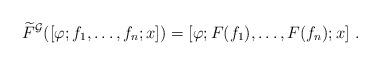
LaTeX: \begin{align*}\widetilde F^{\mathcal G}([\varphi;f_1,\dots,f_n;x])= [\varphi;F(f_1),\dots,F(f_n);x]\ .\end{align*}